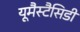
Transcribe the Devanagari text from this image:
यूमैस्टैसिडी